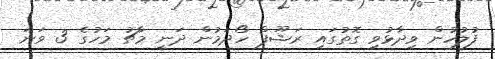
ފުލުހުން ވިދާޅުވި ގޮތުގައި ރަޝޫފް ހޯދަމުން ދަނީ މާޗު މަހުގެ 3 ވަނަ